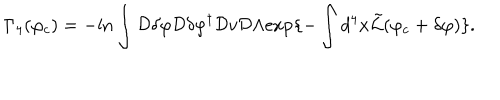
\Gamma _ { 4 } ( \varphi _ { c } ) = - \mathrm { l n } \int { \cal D } \delta \varphi { \cal D } \delta \varphi ^ { \dagger } { \cal D } v { \cal D } \Lambda \mathrm { e x p } \{ - \int d ^ { 4 } x \tilde { \cal L } ( \varphi _ { c } + \delta \varphi ) \} .